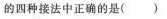
的四种接法中正确的是( )